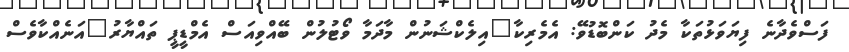
ފަސްވެދާނެ ފިޔަވަޅުތަކާ މެދު ކަންބޮޑުވޭ: އެމެރިކާ"އިލެކްޝަނުން މާދަމާ ވޯޓުލުން ބޭއްވިއަސް އެމްޑީޕީ ތައްޔާރު"އަނެއްކާވެސް